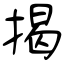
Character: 掲